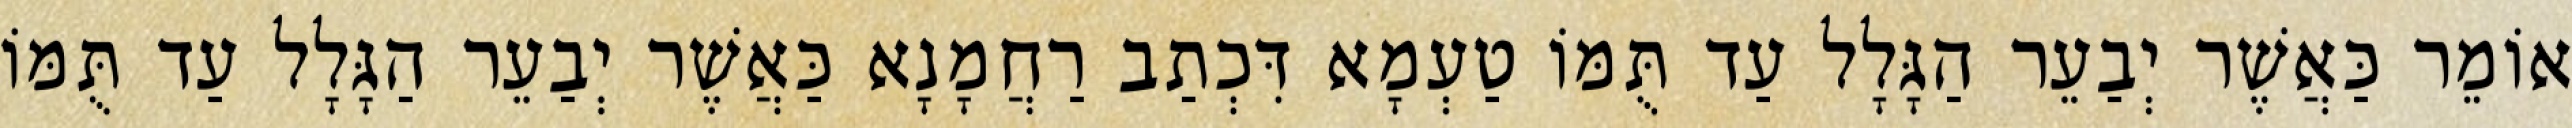
אוֹמֵר כַּאֲשֶׁר יְבַעֵר הַגָּלָל עַד תֻּמּוֹ טַעְמָא דִּכְתַב רַחֲמָנָא כַּאֲשֶׁר יְבַעֵר הַגָּלָל עַד תֻּמּוֹ